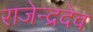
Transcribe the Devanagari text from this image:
राजेन्द्रदेव